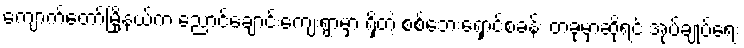
ကျောက်တော်မြို့နယ်က ညောင်ချောင်းကျေးရွာမှာ ရှိတဲ့ စစ်ဘေးရှောင်စခန်း တခုမှာဆိုရင် အုပ်ချုပ်ရေး